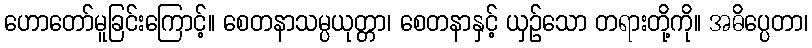
ဟောတော်မူခြင်းကြောင့်။ စေတနာသမ္ပယုတ္တာ၊ စေတနာနှင့် ယှဉ်သော တရားတို့ကို။ အဓိပ္ပေတာ၊